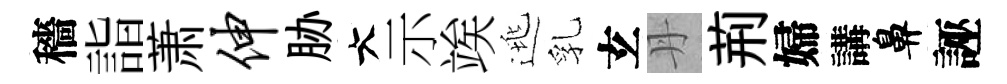
穡詣萧伸胁大示竢逃乳𤣥丹荊婦講鼻誣